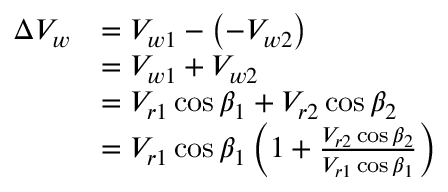
{ \begin{array} { r l } { \Delta V _ { w } } & { = V _ { w 1 } - \left( - V _ { w 2 } \right) } \\ & { = V _ { w 1 } + V _ { w 2 } } \\ & { = V _ { r 1 } \cos \beta _ { 1 } + V _ { r 2 } \cos \beta _ { 2 } } \\ & { = V _ { r 1 } \cos \beta _ { 1 } \left( 1 + { \frac { V _ { r 2 } \cos \beta _ { 2 } } { V _ { r 1 } \cos \beta _ { 1 } } } \right) } \end{array} }